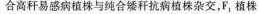
合高秆易感病植株与纯合矮秆抗病植株杂交，F_{1}植株